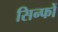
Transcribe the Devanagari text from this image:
सिन्फों